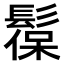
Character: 𩭼